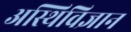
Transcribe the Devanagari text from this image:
अस्थिविज्ञान